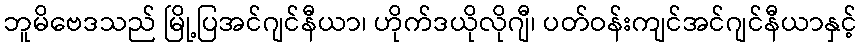
ဘူမိဗေဒသည် မြို့ပြအင်ဂျင်နီယာ၊ ဟိုက်ဒယိုလိုဂျီ၊ ပတ်ဝန်းကျင်အင်ဂျင်နီယာနှင့်